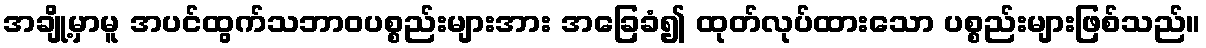
အချို့မှာမူ အပင်ထွက်သဘာဝပစ္စည်းများအား အခြေခံ၍ ထုတ်လုပ်ထားသော ပစ္စည်းများဖြစ်သည်။